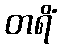
တရိံ